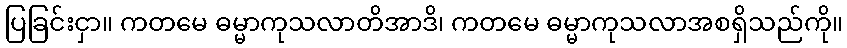
ပြခြင်းငှာ။ ကတမေ ဓမ္မာကုသလာတိအာဒိ၊ ကတမေ ဓမ္မာကုသလာအစရှိသည်ကို။